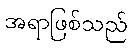
အရာဖြစ်သည်